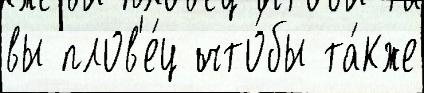
вы плов'е́ц что́бы та́кже